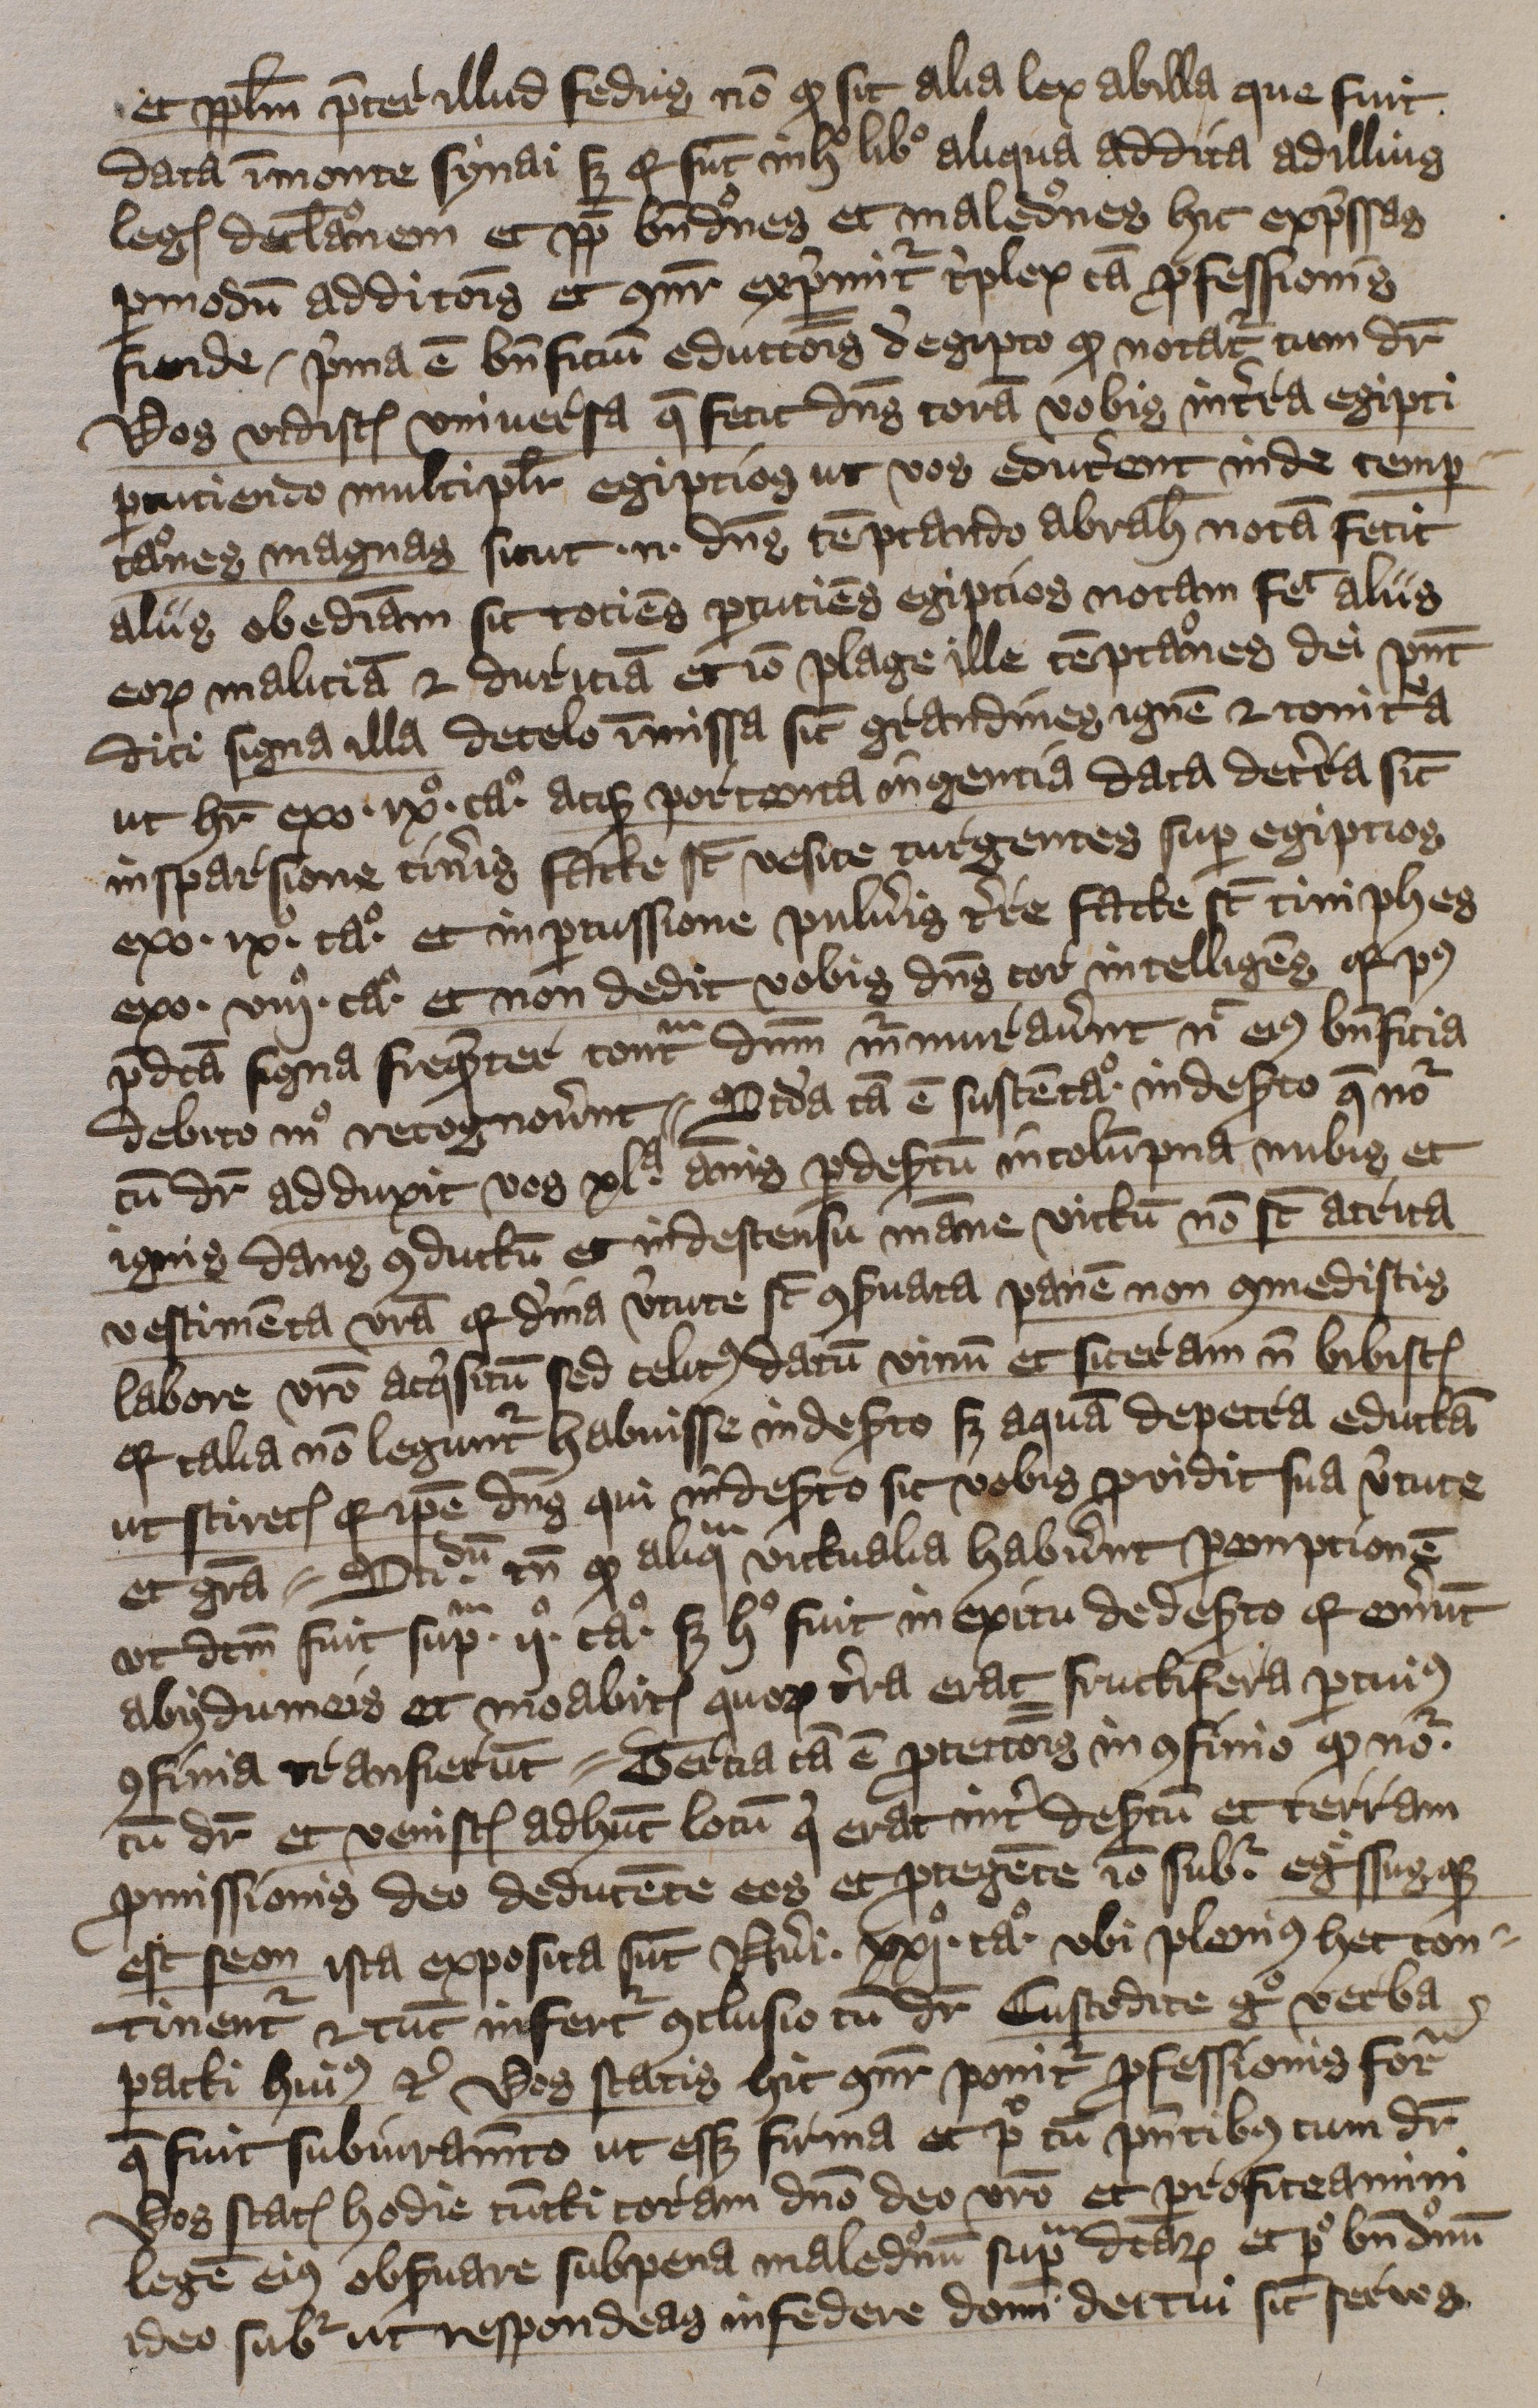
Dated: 1397–1397